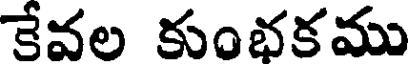
కేవల కుంభకము